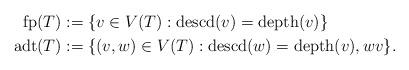
LaTeX: \begin{align*}\mathrm{fp}(T) &:=\{v\in V(T):\mathrm{descd}(v)=\mathrm{depth}(v)\}\\ \mathrm{adt}(T)&:=\{(v,w)\in V(T):\mathrm{descd}(w)=\mathrm{depth}(v),wv\}.\end{align*}